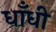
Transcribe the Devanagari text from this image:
धाँधी